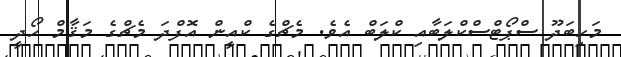
މަހިބަދޫ ސްޕޯޓްސްކްލަބާއި ކްލަބް އެވެ. މެޗްގެ ކްއީން އޮފްދަ މެޗްގެ މަޤާމް ހޯދީ